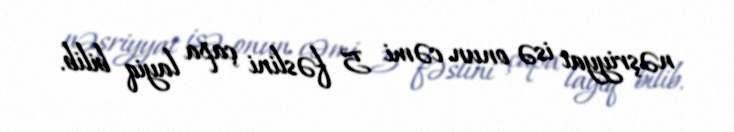
nəşriyyat isə onun cəmi 5 fəslini çapa layiq bilib.